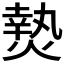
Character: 𭵴